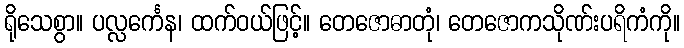
ရိုသေစွာ။ ပလ္လင်္ကေန၊ ထက်ဝယ်ဖြင့်။ တေဇောဓာတုံ၊ တေဇောကသိုဏ်းပရိကံကို။